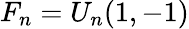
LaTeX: F_{n}=U_{n}(1,-1)